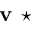
\textbf { v } \star